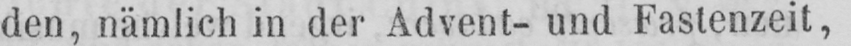
den, nämlich in der Advent- und Fastenzeit,